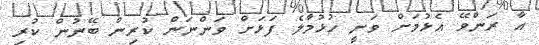
އާ ރަންވޭ އެޅުމަށް ވަނީ ހުޅުމާލެ ފަޅަށް ވަންނަން ކުރިން ބޭނުން ކުރި